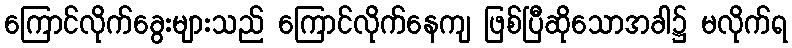
ကြောင်လိုက်ခွေးများသည် ကြောင်လိုက်နေကျ ဖြစ်ပြီဆိုသောအခါ၌ မလိုက်ရ